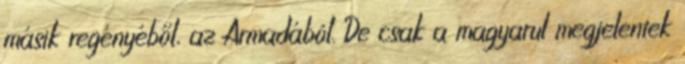
másik regényéből, az Armadából. De csak a magyarul megjelentek